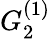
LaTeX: {G}_{2}^{(1)}